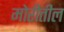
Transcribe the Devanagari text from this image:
मोरीतील